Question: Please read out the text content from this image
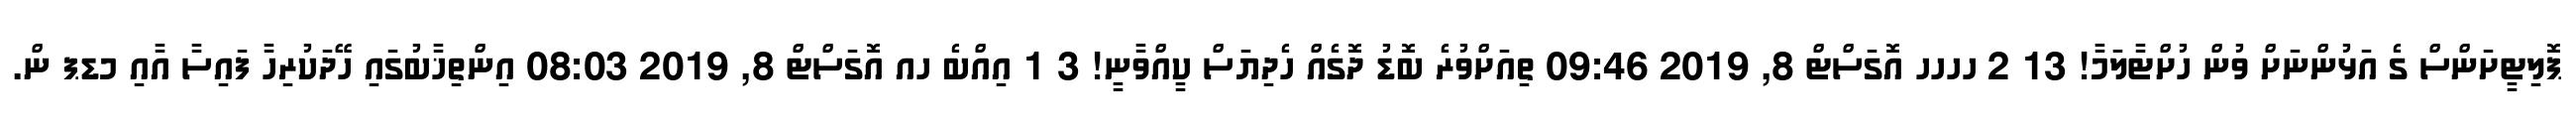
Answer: ޕޮލިޓީށަންސް ގެ އަޅުންނަށް ވުން ހުށްޓާލަމާ! 13 2 ހހހހ އޮގަސްޓް 8, 2019 09:46 ތިއަށްވުރެ ބޮޑު ދޮގެއް ހެދިޔަސް ކީއްވާނީ! 3 1 އިއްބެ ހއ އޮގަސްޓް 8, 2019 08:03 އިންތިޚާބުގައި ހޭދަކުރިހާ ފައިސާ އާއި މޑޕ ން.